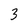
Character: 3